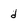
Character: d